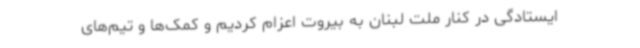
ایستادگی در کنار ملت لبنان به بیروت اعزام کردیم و کمک‌ها و تیم‌های